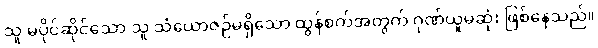
သူ မပိုင်ဆိုင်သော သူ သံယောဇဉ်မရှိသော ထွန်စက်အတွက် ဂုဏ်ယူမဆုံး ဖြစ်နေသည်။